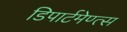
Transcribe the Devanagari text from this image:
डिपार्टमेण्त्स